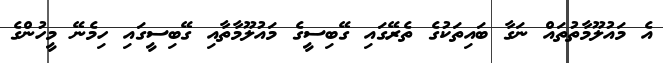
އެ މައުލޫމާތުތައް ނަގާ ބައިތަކުގެ ތެރޭގައި ގޭބިސީގެ މައުލޫމާތާއި ގޭބިސީގައި ހިމެނޭ މީހުންގެ